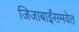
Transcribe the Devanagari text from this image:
जिजाबाईंसमवेत